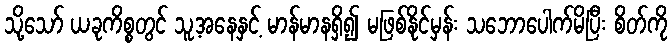
သို့သော် ယခုကိစ္စတွင် သူ့အနေနှင့် မာန်မာနရှိ၍ မဖြစ်နိုင်မှန်း သဘောပေါက်မိပြီး စိတ်ကို